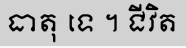
ធាតុ ទេ ។ ជីវិត